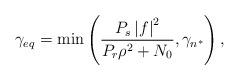
LaTeX: \begin{align*}\gamma_{eq}=\min \left(\frac{P_s\left|f\right|^2}{P_r\rho^2+N_0},\gamma_{n^*}\right),\end{align*}